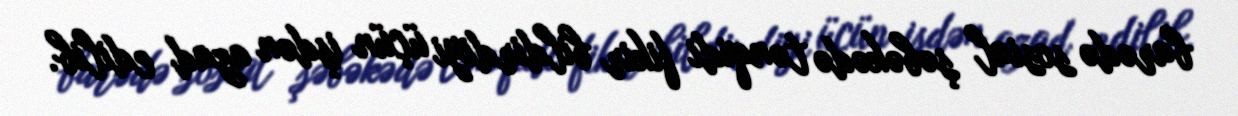
barədə sosial şəbəkədə tənqidi fikir bildirdiyi üçün işdən azad edilib.